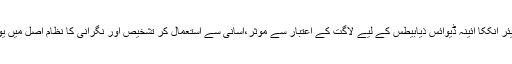
جَن کیئر اِنککا آئینہ ڈیوائس ذیابیطس کے لیے لاگت کے اعتبار سے مؤثر،آسانی سے استعمال کر تشخیص اور نگرانی کا نظام اصل میں یوایس ۔